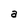
Character: a